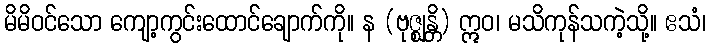
မိမိဝင်သော ကျော့ကွင်းထောင်ချောက်ကို။ န (ဗုဇ္ဈန္တိ) ဣဝ၊ မသိကုန်သကဲ့သို့။ ဧသံ၊